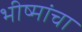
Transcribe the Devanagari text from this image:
भीष्मांचा